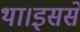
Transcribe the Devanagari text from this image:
था।इससे